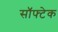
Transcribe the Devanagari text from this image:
सॉफ्टेक